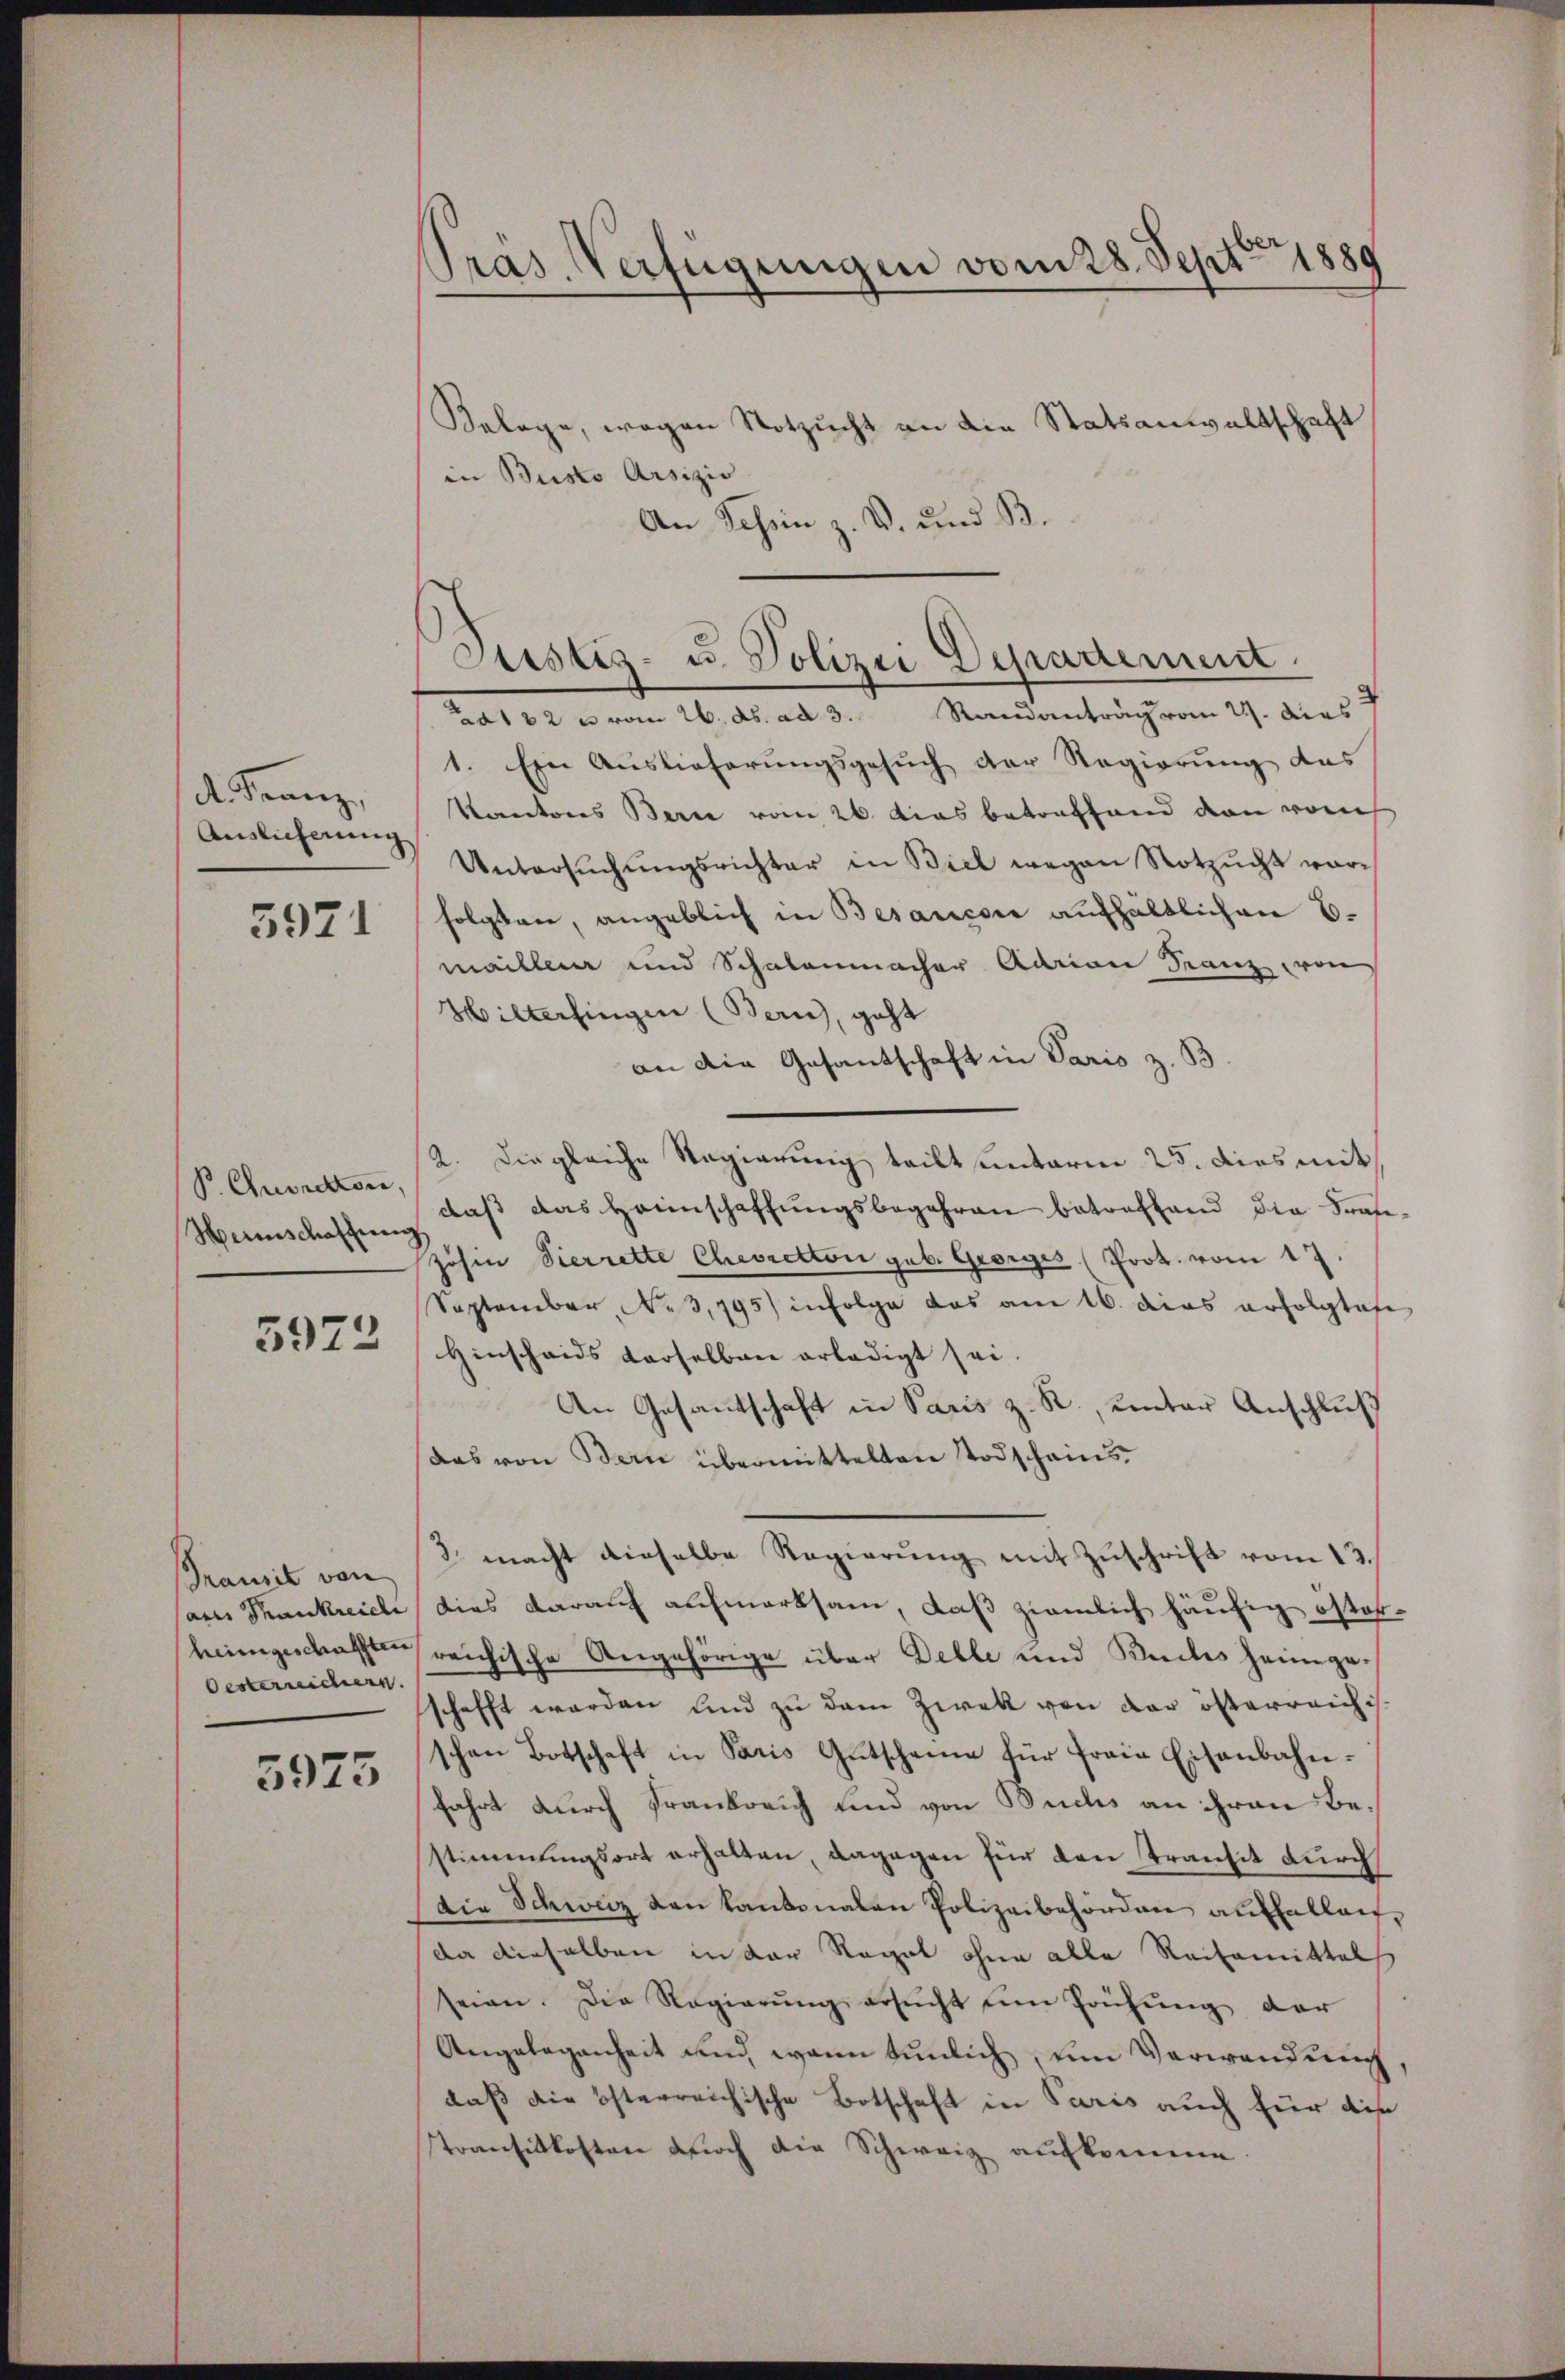
d. Franz,
Auslieferung

5971

B. Chudretton,
Herinschaffung

5973

Transit von
ans Trankreich
heimgeschafften
Oesterreichern

5973

Präs. Verfügungen vom 28. Sept. 1889

Justiz- u. Polizei Depadement

Belage, wegen Notzucht an die Statsanwaltschaft
in Busto Arsizio
An Schin z. B. und B.
Lat 22 u vom 26. ds. ad 3. Randantrag vom 29. Ders
1. Ein Auslieferŭngsgesŭch der Regierŭng des
Kantons Bern vom 26. dies betreffend den ronch
Untersŭchŭngsrichter in Biel wegen Notzucht worfolgten, angeblich in Besancore aufhältlichen E.
maillein und Schalenmacher Adrian Franz von
Hilterlingen (Bern, geht
an die Gesantschaft in Paris z. B.
2. Die gleiche Regierung teilt unterm 25. dies mit
daß das Heimschaffungsbegehren betreffend die Fran¬
Johin Vierrette Cheoretton geb. Georges (Prot. vom 17.
September, No 3,795) infolge das am 16. das erfolgtafe
Hinscheids derselben erledigt sei.
An Gesantschaft in Paris z. R., unter Anschlŭβ
das von Bern übermittelten Todscheins¬
2. macht dieselbe Regierung mit Zuschrift vom 13.
dies darauf aufmerksam, daß ziemlich häufig österreichische Angehörige über Delle und Ruckes heimgeschafft werden und zu dem Zwek von der österreichis
schen Botschaft in Paris Gutscheine für Fraue Eisenbahnfahrt durch Frankreich und von Buchs an ihren Bestimmungsort erhalten, dagegen für den Transit durch
die Schweiz von kantonalen Polizeibehörden auffallen,
da dieselben in der Regal ohne alle Reisemittels
seien. Die Regierŭng ersŭcht ŭm Prüfŭng der
Angelegenheit und wann tunlich, um Verwendung
daß die österreichische Botschaft in Paris auch für die
Transitkosten doch die Schweiz aufkomme